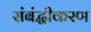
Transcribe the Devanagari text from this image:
संबंद्धीकरण